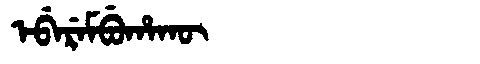
Manchu: ᡝᠪᡝᡵᡝᠮᠪᡠᡥᠠᡴᡡ
Romanization: EBEREMBUHAKŪ